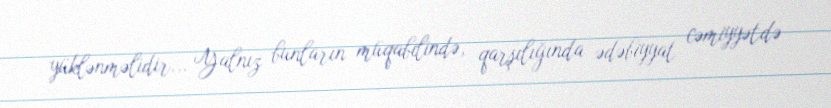
yüklənməlidir... Yalnız bunların müqabilində, qarşılığında ədəbiyyat cəmiyyətdə